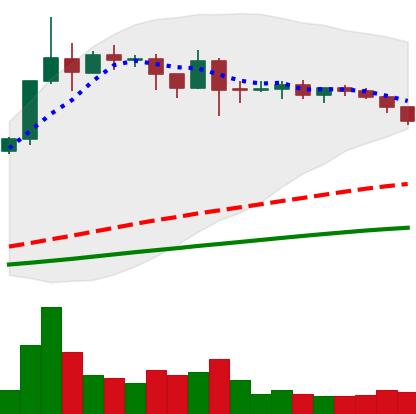
Ticker: ADA-USD
Chart end date: 2019-04-20
Forward return: -9.492%
Label: down_7plus